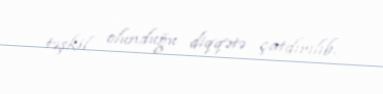
təşkil olunduğu diqqətə çatdırılıb.